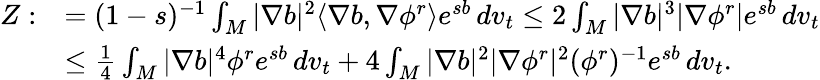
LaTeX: \begin{array}{rl}{Z:}&{=(1-s)^{-1}\int_{M}|\nabla b|^{2}\langle\nabla b,\nabla\phi^{r}\rangle e^{sb}\, dv_{t}\le 2\int_{M}|\nabla b|^{3}|\nabla\phi^{r}|e^{sb}\, dv_{t}}\\ &{\le\frac{1}{4}\int_{M}|\nabla b|^{4}\phi^{r}e^{sb}\, dv_{t}+4\int_{M}|\nabla b|^{2}|\nabla\phi^{r}|^{2}(\phi^{r})^{-1}e^{sb}\, dv_{t}.}\end{array}